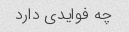
چه فوایدی دارد